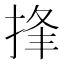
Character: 捀